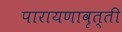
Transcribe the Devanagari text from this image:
पारायणावृत्ती